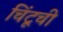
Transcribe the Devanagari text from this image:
चिंटूची